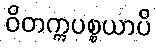
ဝိတက္ကပစ္စယာပိ